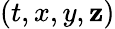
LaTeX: (t,x,y,\mathbf{z})